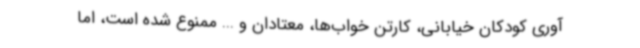
آوری کودکان خیابانی، کارتن خواب‌ها، معتادان و ... ممنوع شده است، اما